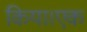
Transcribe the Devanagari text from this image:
किया।एक